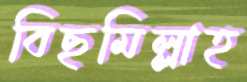
বিছমিল্লাহ